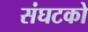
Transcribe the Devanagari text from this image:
संघटको